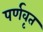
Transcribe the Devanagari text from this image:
पर्णवृत